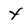
Character: 4